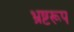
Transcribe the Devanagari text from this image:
भ्रष्टरूप